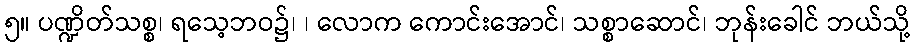
၅။ ပဏ္ဍိတ်သစ္စ၊ ရသေ့ဘဝ၌၊ ၊ လောက ကောင်းအောင်၊ သစ္စာဆောင်၊ ဘုန်းခေါင် ဘယ်သို့